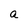
Character: a